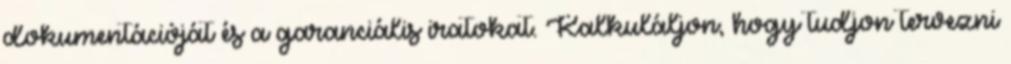
dokumentációját és a garanciális iratokat. Kalkuláljon, hogy tudjon tervezni